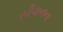
સીવાનના